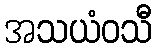
အသယံဝသီ